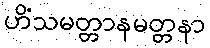
ဟိံသမတ္တာနမတ္တနာ